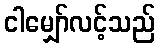
ငါမျှော်လင့်သည်